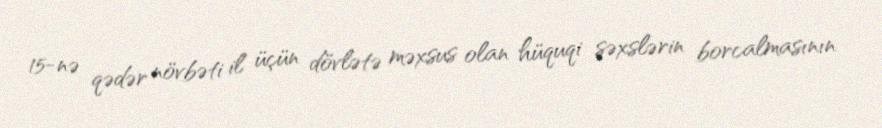
15-nə qədər növbəti il üçün dövlətə məxsus olan hüquqi şəxslərin borcalmasının